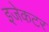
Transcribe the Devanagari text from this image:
इजेकटर